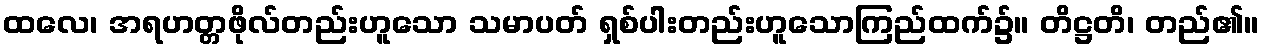
ထလေ၊ အရဟတ္တဖိုလ်တည်းဟူသော သမာပတ် ရှစ်ပါးတည်းဟူသောကြည်ထက်၌။ တိဋ္ဌတိ၊ တည်၏။